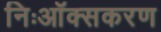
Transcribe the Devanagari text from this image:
निःऑक्सकरण